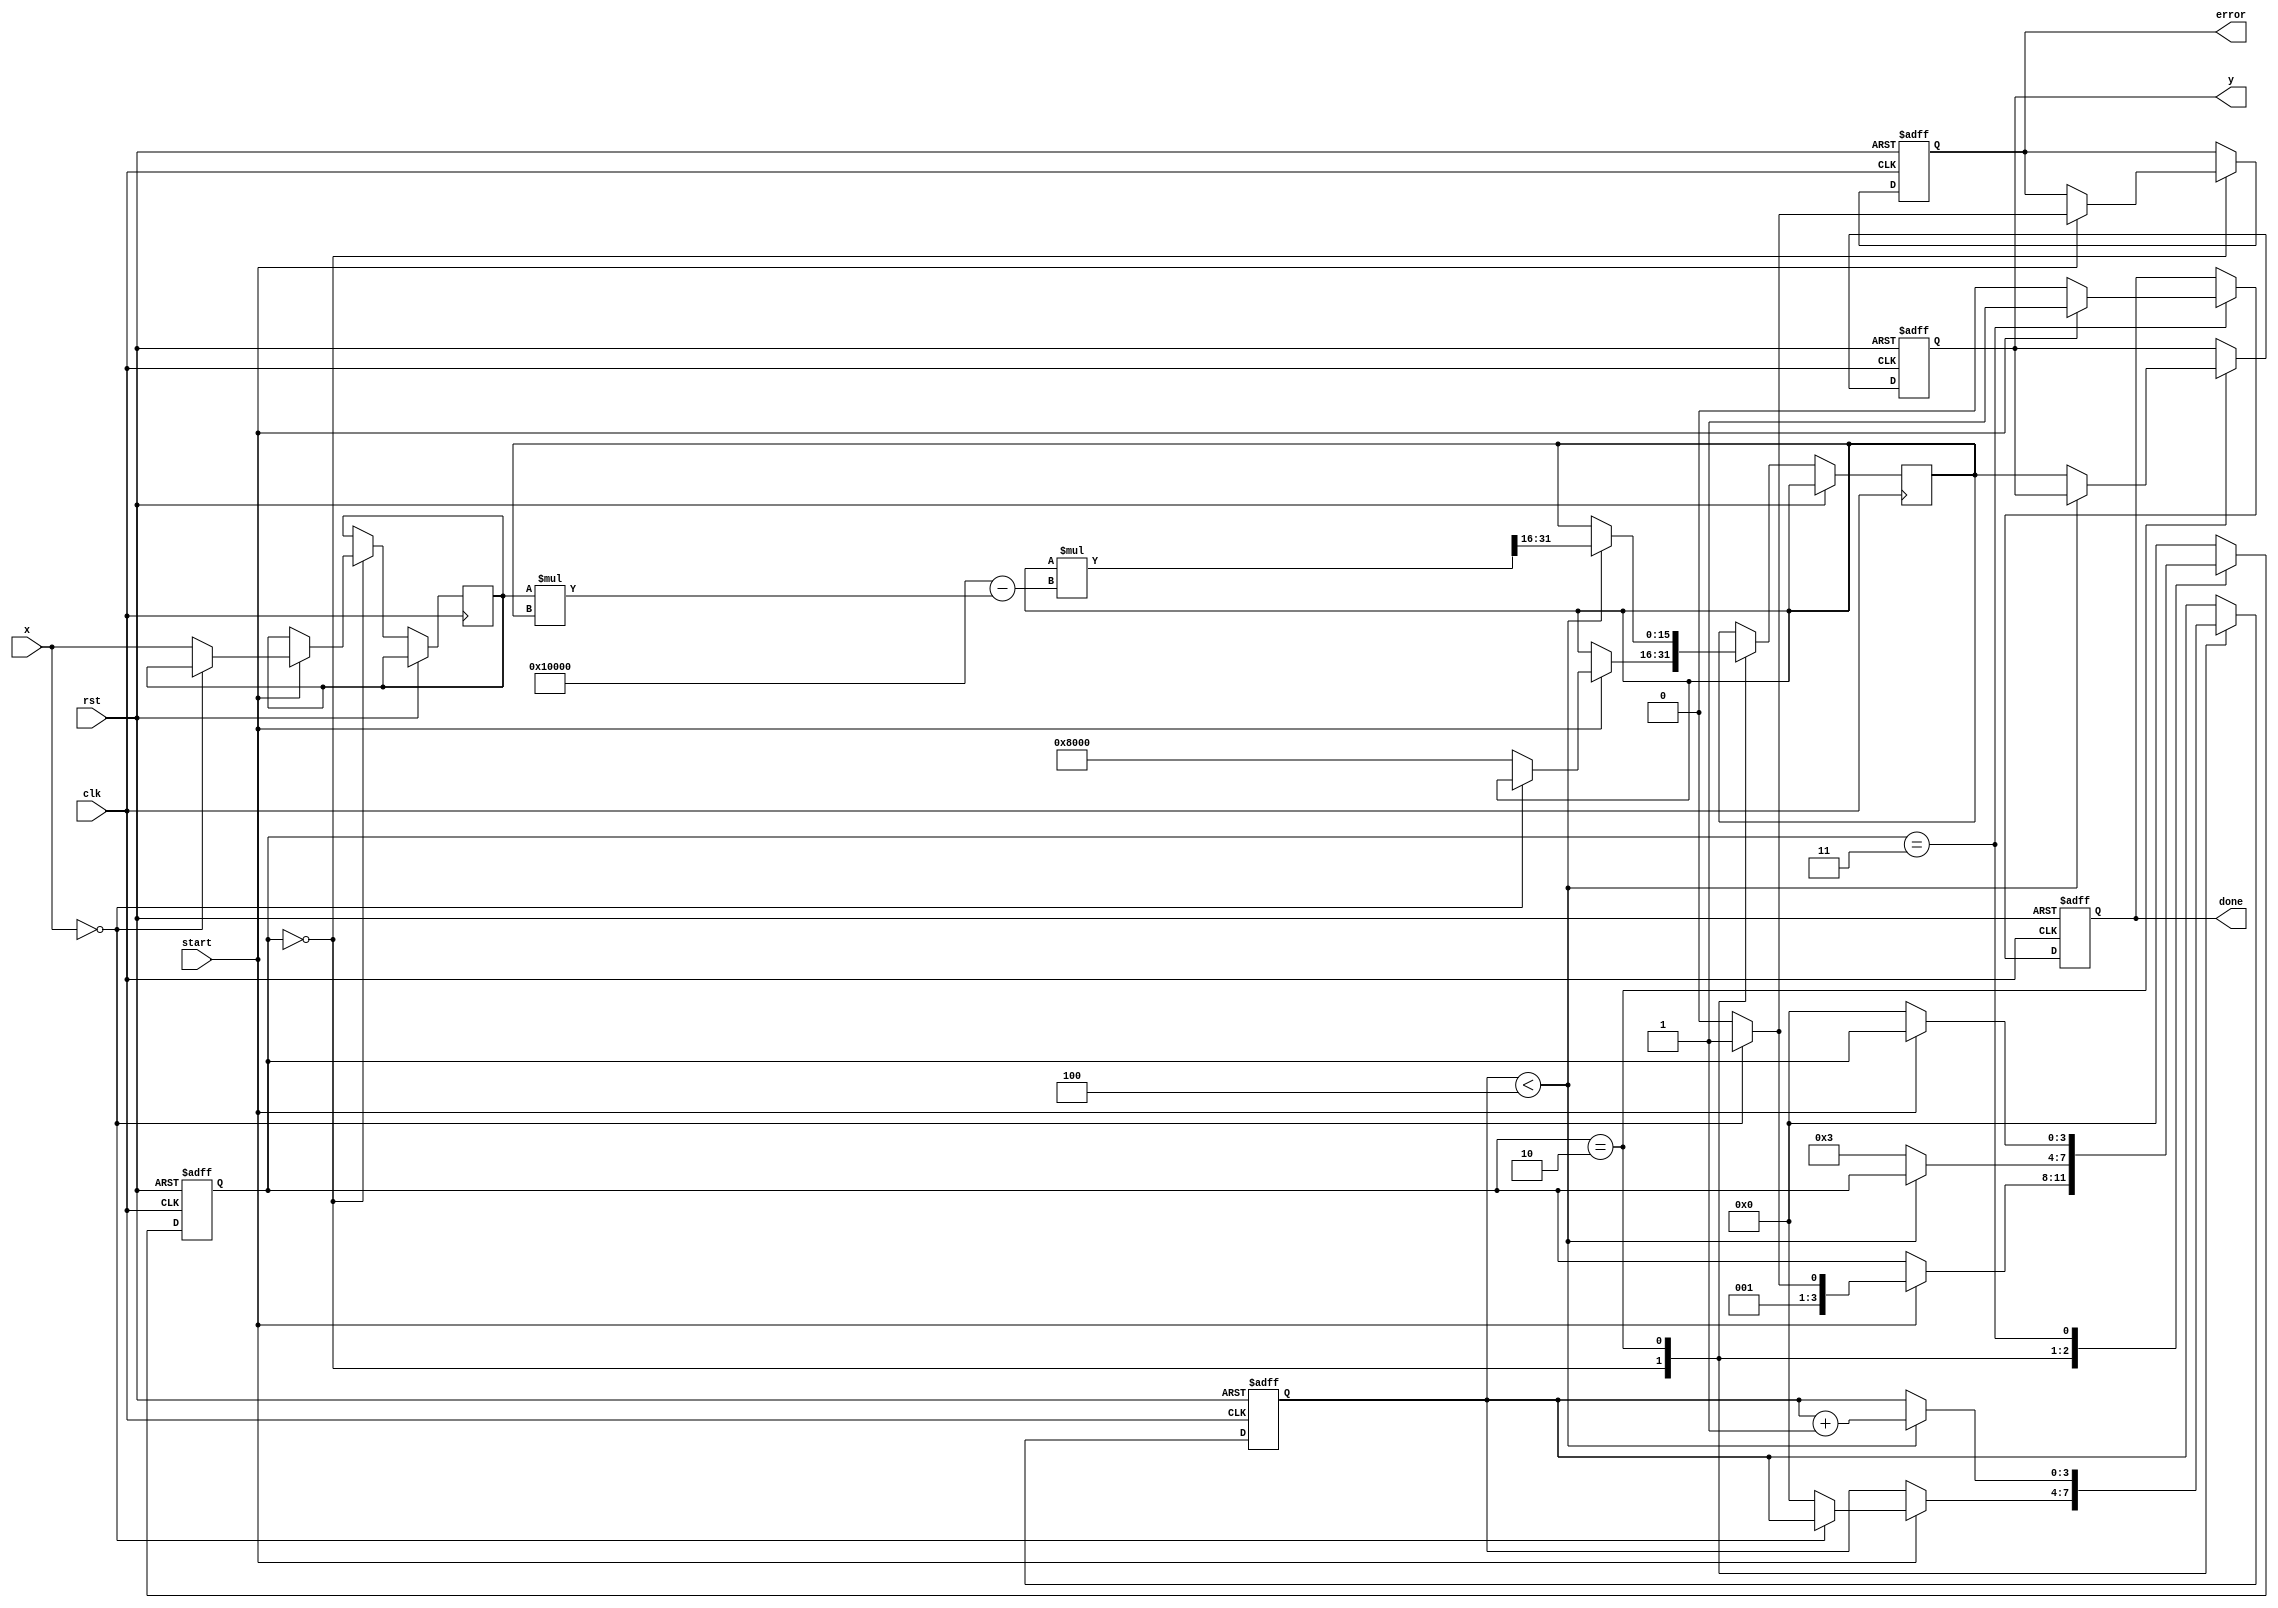
module BinaryFractionalReciprocal #(
    parameter N = 16, // Number of bits for input x
    parameter M = 16  // Number of bits for output y
)(
    input wire clk,
    input wire rst,
    input wire start,
    input wire [N-1:0] x, // Input: binary fractional number (0 to 1)
    output reg [M-1:0] y, // Output: reciprocal (1/x)
    output reg done,       // Signal indicating computation is complete
    output reg error       // Signal indicating an error (e.g., division by zero)
);

    // Internal signals
    reg [N-1:0] x_reg;
    reg [M-1:0] approx; // Approximation of 1/x
    reg [3:0] state;    // State machine for control logic
    reg [3:0] count;    // Iteration counter

    // State definitions
    localparam IDLE = 4'b0000,
               START = 4'b0001,
               COMPUTE = 4'b0010,
               DONE = 4'b0011;

    // Initial state
    initial begin
        state = IDLE;
        done = 0;
        error = 0;
        y = 0;
    end

    // State machine for control logic
    always @(posedge clk or posedge rst) begin
        if (rst) begin
            state <= IDLE;
            done <= 0;
            error <= 0;
            y <= 0;
            count <= 0;
        end else begin
            case (state)
                IDLE: begin
                    if (start) begin
                        if (x == 0) begin
                            error <= 1; // Division by zero
                            state <= DONE;
                        end else begin
                            x_reg <= x;
                            approx <= {1'b1, {M-1{1'b0}}}; // Initial approximation (1.0)
                            count <= 0;
                            state <= COMPUTE;
                            error <= 0;
                        end
                    end
                end

                COMPUTE: begin
                    if (count < 4) begin // Fixed number of iterations (4)
                        approx <= approx * (2**M - x_reg * approx) >> M; // Newton-Raphson iteration
                        count <= count + 1;
                    end else begin
                        y <= approx; // Final result
                        state <= DONE;
                    end
                end

                DONE: begin
                    done <= 1; // Indicate computation is complete
                    if (!start) begin
                        state <= IDLE; // Reset state on start signal low
                        done <= 0;
                    end
                end

                default: state <= IDLE; // Default to IDLE state
            endcase
        end
    end

endmodule